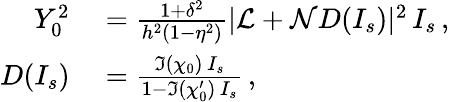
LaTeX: \begin{array}{rl}{Y_{0}^{2}}&{{}=\frac{1+\delta^{2}}{h^{2}(1-\eta^{2})}|\mathcal{L}+\mathcal{N}D(I_{s})|^{2}\, I_{s}\, ,}\\ {D(I_{s})}&{{}=\frac{\Im{(\chi_{0})}\, I_{s}}{1-\Im{(\chi_{0}^{\prime})}\, I_{s}}\, ,}\end{array}